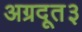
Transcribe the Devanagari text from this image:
अग्रदूत३